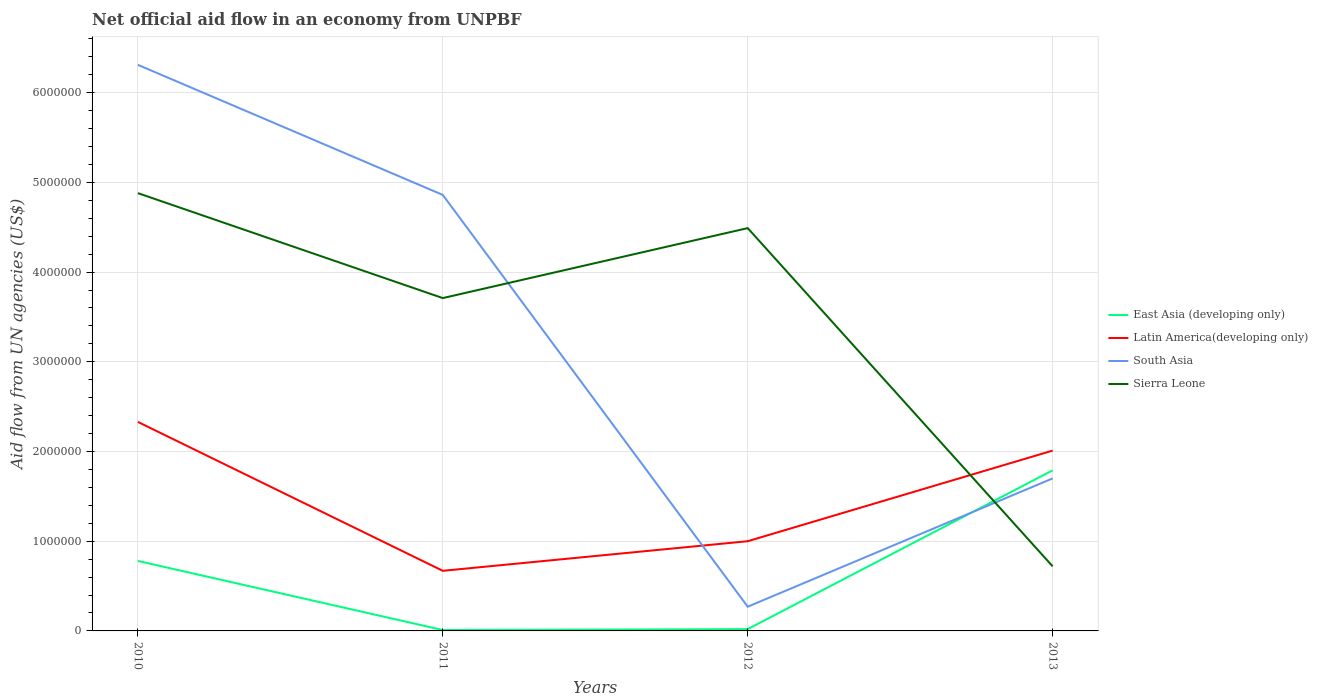
| Years | East Asia (developing only) | Latin America(developing only) | South Asia | Sierra Leone |
 | --- | --- | --- | --- | --- |
 | 2010 | 7.8e+05 | 2.33e+06 | 6.31e+06 | 4.88e+06 |
 | 2011 | 1e+04 | 6.7e+05 | 4.86e+06 | 3.71e+06 |
 | 2012 | 2e+04 | 1e+06 | 2.7e+05 | 4.49e+06 |
 | 2013 | 1.79e+06 | 2.01e+06 | 1.7e+06 | 7.2e+05 |